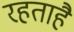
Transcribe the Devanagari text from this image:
रहताहै